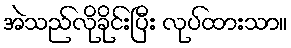
အဲသည်လိုခိုင်းပြီး လုပ်ထားသာ။